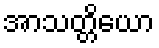
အာသတ္တိယော